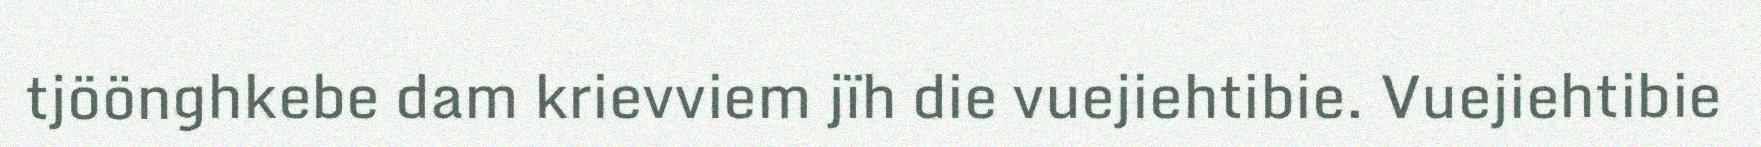
tjöönghkebe dam krievviem jïh die vuejiehtibie. Vuejiehtibie